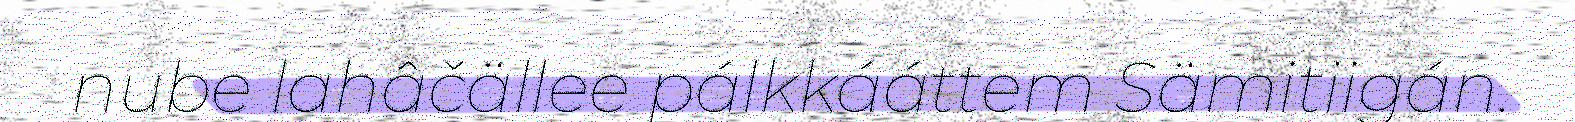
nube lahâčällee pálkkááttem Sämitiigán.